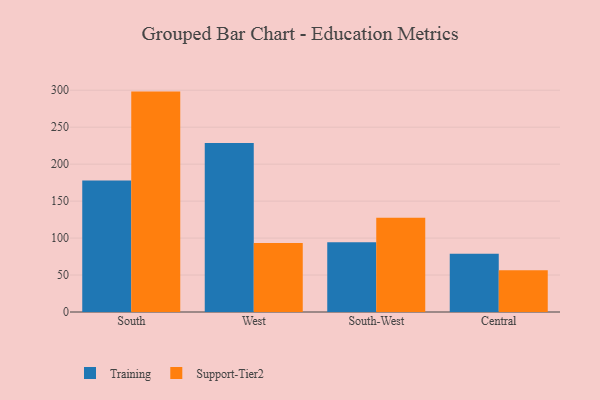
{"axis": {"x": "Region", "y": "Energy Usage (MWh)"}, "legend": ["Support-Tier2", "Training"], "data": [{"x": "South", "y": 177.8, "type": "Training"}, {"x": "South", "y": 298.1, "type": "Support-Tier2"}, {"x": "West", "y": 228.6, "type": "Training"}, {"x": "West", "y": 93.4, "type": "Support-Tier2"}, {"x": "South-West", "y": 94.4, "type": "Training"}, {"x": "South-West", "y": 127.6, "type": "Support-Tier2"}, {"x": "Central", "y": 78.7, "type": "Training"}, {"x": "Central", "y": 56.5, "type": "Support-Tier2"}]}